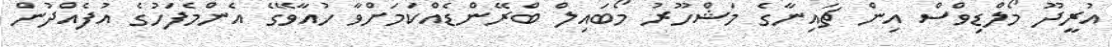
އުރީދޫ މޯލްޑިވްސް އިން ޗައިނާގެ މަޝްހޫރު މޯބައިލް ބްރޭންޑެއްކަމަށްވާ ހުއާވޭގެ އެންމެފަހުގެ އުފެއްދުން